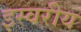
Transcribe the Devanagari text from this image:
इस्वरीय